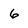
Character: 6